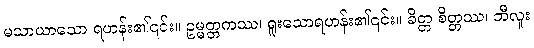
မသာယာသော ရဟန်း၏၎င်း။ ဥမ္မတ္တကဿ၊ ရူးသောရဟန်း၏၎င်း။ ခိတ္တ စိတ္တဿ၊ ဘီလူး